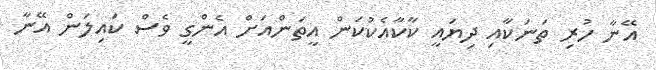
އޭނާ ހުރި ތަނަކާއި ދިޔައީ ކާކާއެކުކަން އީތަންއަށް އެންގީ ވެސް ކައިލަން އޭނާ